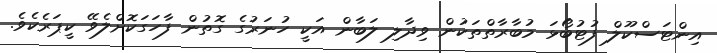
އިންޓަސްކޫލް ފުޓުބޯޅަ މުބާރާތްތަކުން ވިދާލި ލަބާން އަކީ ހުނަރުގެ ގޮތުން ފާހަގަކޮށްލެވޭ ކީޕަރެކެވެ.